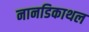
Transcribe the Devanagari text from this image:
नानडिकाथल